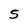
Character: 5